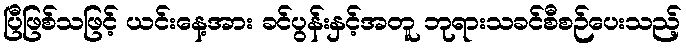
ပြီဖြစ်သဖြင့် ယင်းနေ့အား ခင်ပွန်းနှင့်အတူ ဘုရားသခင်စီစဉ်ပေးသည့်